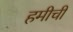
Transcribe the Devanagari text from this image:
हमीची